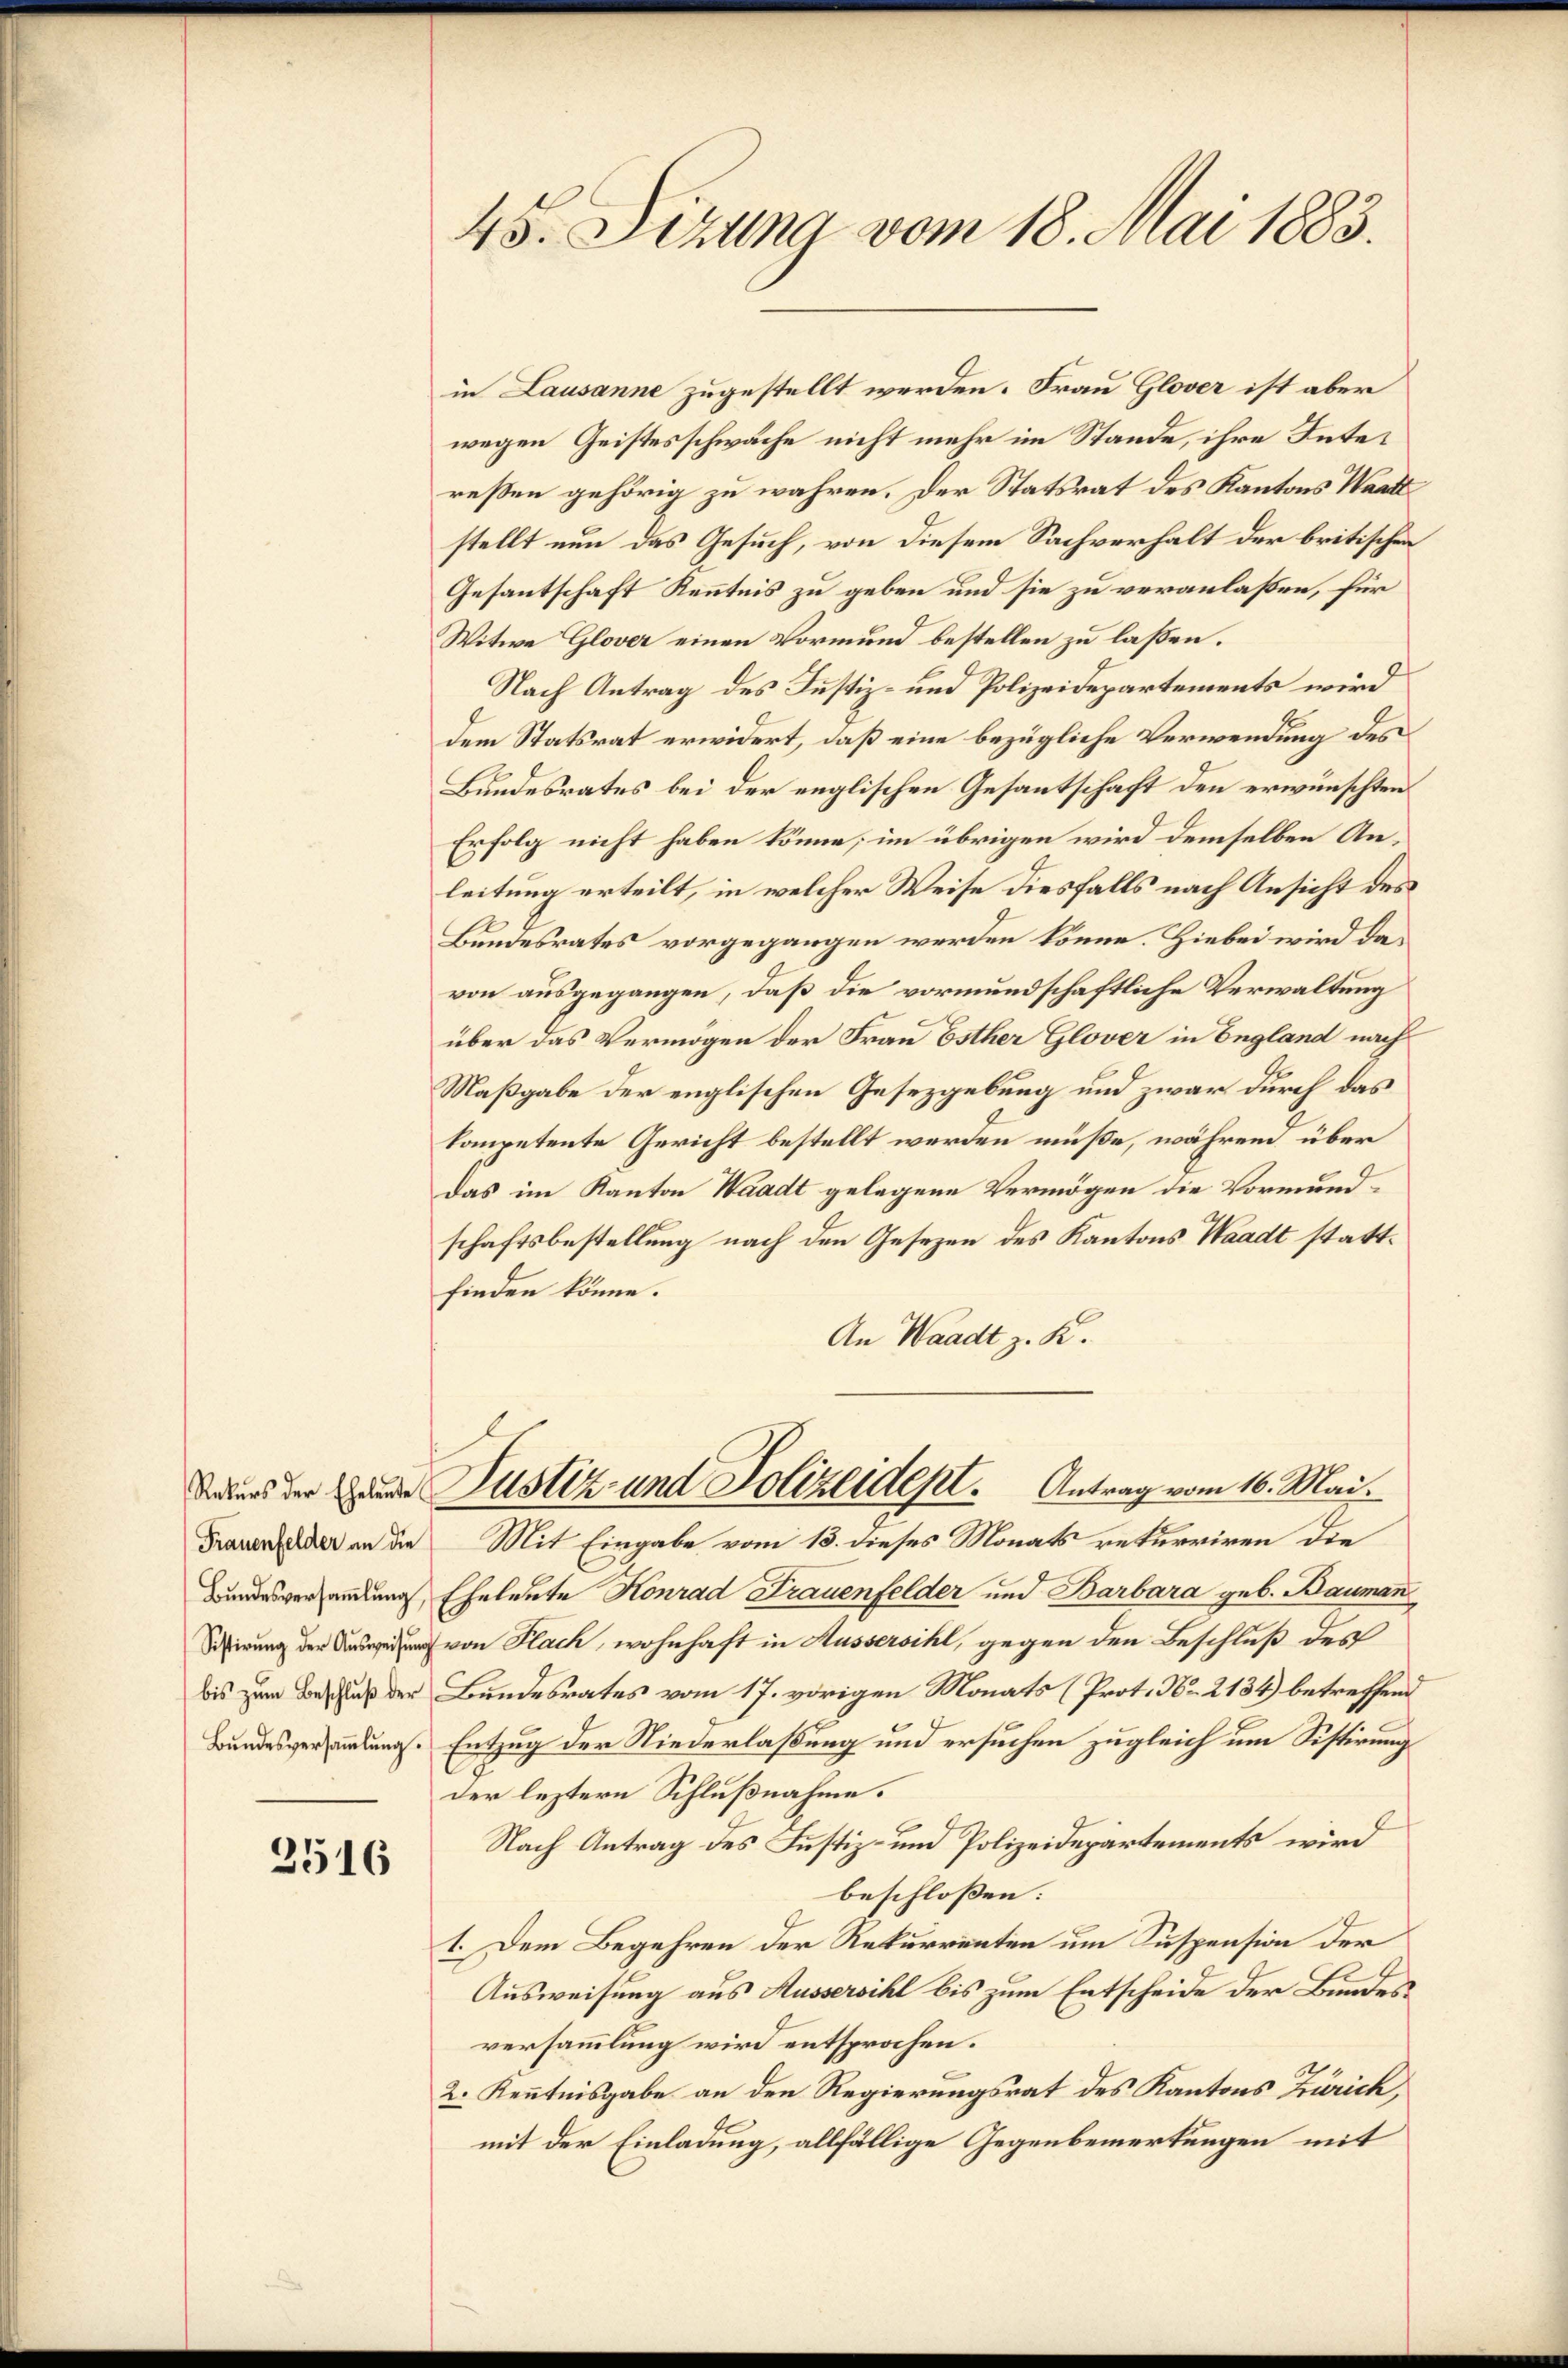
2516

45. Sizung vom 18. Mai 1883.

in Lausanne zugestellt werden. Frau Glover ist aber
wegen Geistesschwäche nicht mehr im Stande, ihre Interessen gehörig zu wahren. Der Statsrat des Kantons Waadt
stellt nun das Gesuch, von diesem Sachverhalt der britischen
Gesantschaft Kenntnis zu geben und sie zu veranlaßen, für
Witwe Glover einen Vormund bestellen zu laßen.
Nach Antrag des Justiz- und Polizeidepartements wird
dem Statsrat erwidert, daß eine bezügliche Verwendung des
Bundesrates bei der englischen Gesantschaft den erwünschten
Erfolg nicht haben könne; im übrigen wird demselben Anleitung erteilt, in welcher Weise diesfalls nach Ansicht des
Bundesrates vorgegangen werden könne. Hiebei wird davon ausgegangen, daß die vormundschaftliche Verwaltung
über das Vermögen der Frau Esther Glover in England nach
Maßgabe der englischen Gesetzgebung und zwar durch das
kompetente Gericht bestellt werden müße, währen über
Das im Kanton Waadt gelegene Vermögen die Vormundschaftsbestellung nach den Gesezen des Kantons Waadt stattfinden könne.
An Waadt z. K.
Daus der Grunde Justiz- und Polizeident. Antrag vom 16. Mai.
Frauenfelder in die Mit Eingabe vom 13. dieses Monats rekurriren die
Bundesverhandlung, Eheleute Konrad Frauenfelder und Barbara geb. Bauman
irung von Flach, wohnhaft in Aussersihl, gegen den Beschluß des
bis zum Vorschluß der Bundesrates vom 17. vorigen Monats (Prot. No. 2134) betreffend
Bundesversammlung. Entzug der Niederlaßung und ersuchen zugleich um Sistirung
7
der leztern Schlußnahme.
Nach Antrag des Justiz- und Polizeidepartements wird
beschlossen:
1. Dem Begehren der Rekurrenten um Suspension der
Ausweisung aus Aussersihl bis zum Entscheide der Bundesversammlung wird entsprochen.
2. Kenntnisgabe an den Regierungsrat des Kantons Zürich,
mit der Einladung, allfällige Gegenbemerkungen mit